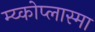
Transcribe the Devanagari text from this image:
म्य्कोप्लास्मा